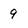
Character: 9